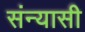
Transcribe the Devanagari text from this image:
संन्‍यासी